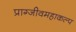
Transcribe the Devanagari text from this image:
प्राग्जीवमहाकल्प